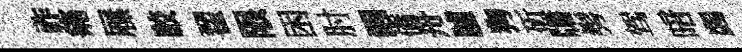
祚痛屧駮翟限困肘醒僑舟臚狗斫牗髣驾暗蠲